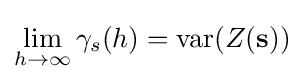
\lim _{h\to \infty }\gamma _{s}(h)=\operatorname {var} (Z(\mathbf {s} ))